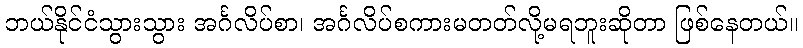
ဘယ်နိုင်ငံသွားသွား အင်္ဂလိပ်စာ၊ အင်္ဂလိပ်စကားမတတ်လို့မရဘူးဆိုတာ ဖြစ်နေတယ်။